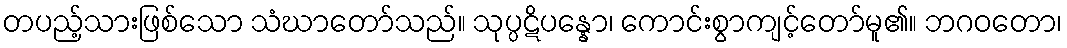
တပည့်သားဖြစ်သော သံဃာတော်သည်။ သုပ္ပဋိပန္နော၊ ကောင်းစွာကျင့်တော်မူ၏။ ဘဂဝတော၊